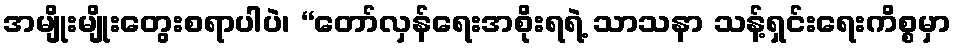
အမျိုးမျိုးတွေးစရာပါပဲ၊ “တော်လှန်ရေးအစိုးရရဲ့ သာသနာ သန့်ရှင်းရေးကိစ္စမှာ